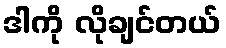
ဒါကို လိုချင်တယ်